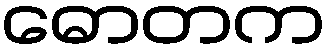
ဓောတက